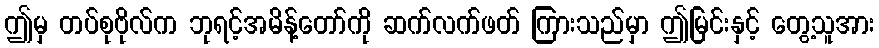
ဤမှ တပ်စုဗိုလ်က ဘုရင့်အမိန့်တော်ကို ဆက်လက်ဖတ် ကြားသည်မှာ ဤမြင်းနှင့် တွေ့သူအား